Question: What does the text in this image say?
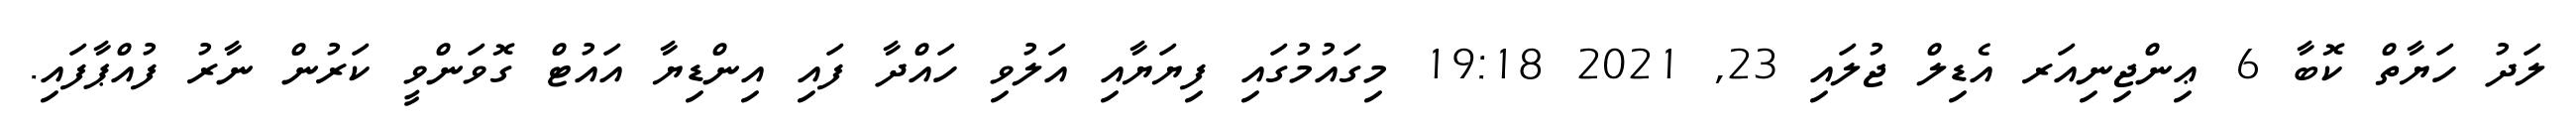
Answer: ލަދު ހަޔާތް ކޮބާ 6 ޢިންޖިނިއަރ އެޑިލް ޖުލައި 23, 2021 19:18 މިގައުމުގައި ފިޔަޔާއި އަލުވި ހައްދާ ފައި އިންޑިޔާ އައުޓް ގޮވަންވީ ކަރުން ނާރު ފުއްޕާފައި.